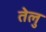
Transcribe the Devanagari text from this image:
तेलु